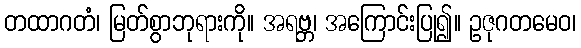
တထာဂတံ၊ မြတ်စွာဘုရားကို။ အရဗ္ဘ၊ အကြောင်းပြု၍။ ဥဇုဂတမေဝ၊